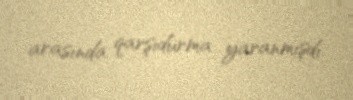
arasında qarşıdurma yaranmışdı.